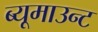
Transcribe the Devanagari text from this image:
ब्यूमाउन्ट